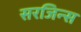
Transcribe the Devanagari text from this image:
सरजिन्स